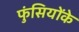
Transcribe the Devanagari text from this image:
फुंसियोंके